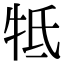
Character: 牴